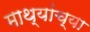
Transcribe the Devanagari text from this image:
माथ्यांच्या